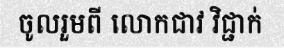
ចូលរួមពី លោកជាវ វិជ្ជាក់